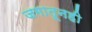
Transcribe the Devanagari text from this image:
जगातूनही